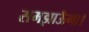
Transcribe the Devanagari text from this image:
समझाऊँगा।